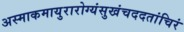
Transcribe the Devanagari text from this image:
अस्माकमायुरारोग्यंसुखंचददतांचिरं